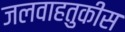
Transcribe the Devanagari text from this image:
जलवाहतुकीस